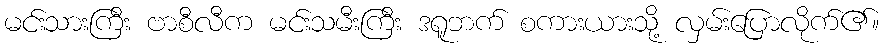
မင်းသားကြီး ဗာစီလီက မင်းသမီးကြီး ဒရူဘက် စကားယားသို့ လှမ်းပြောလိုက်၏။